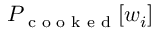
P _ { \textrm { c o o k e d } } [ w _ { i } ]